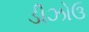
ડીઝોઉ